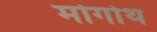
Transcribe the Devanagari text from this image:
मोर्गोथ